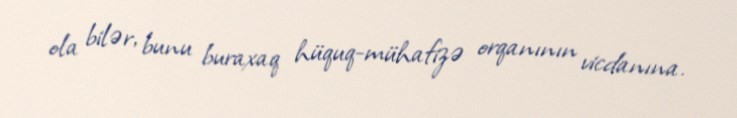
ola bilər, bunu buraxaq hüquq-mühafizə orqanının vicdanına.